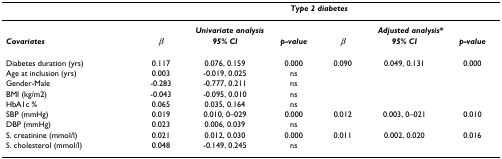
|  | <COLSPAN=6> Type 2 diabetes |
 | --- | --- | --- | --- | --- | --- | --- |
 |  | <COLSPAN=3> Univariate analysis | <COLSPAN=3> Adjusted analysis* |
 | Covariates | β | 95% CI | p-value | β | 95% CI | p-value |
 | Diabetes duration (yrs) | 0.117 | 0.076, 0.159 | 0.000 | 0.090 | 0.049, 0.131 | 0.000 |
 | Age at inclusion (yrs) | 0.003 | -0.019, 0.025 | ns |  |  |  |
 | Gender-Male | -0.283 | -0.777, 0.211 | ns |  |  |  |
 | BMI (kg/m2) | -0.043 | -0.095, 0.010 | ns |  |  |  |
 | HbA1c % | 0.065 | 0.035, 0.164 | ns |  |  |  |
 | SBP (mmHg) | 0.019 | 0.010, 0–029 | 0.000 | 0.012 | 0.003, 0–021 | 0.010 |
 | DBP (mmHg) | 0.023 | 0.006, 0.039 | ns |  |  |  |
 | S. creatinine (mmol/l) | 0.021 | 0.012, 0.030 | 0.000 | 0.011 | 0.002, 0.020 | 0.016 |
 | S. cholesterol (mmol/l) | 0.048 | -0.149, 0.245 | ns |  |  |  |